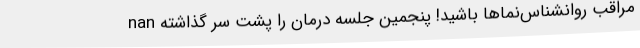
nan مراقب روانشناس‌نماها باشید! پنجمین جلسه درمان را پشت سر گذاشته